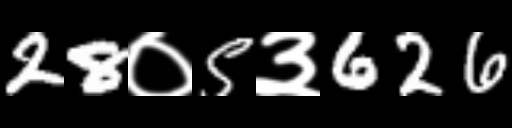
Text: 28०5३626